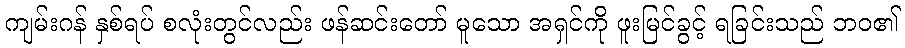
ကျမ်းဂန် နှစ်ရပ် စလုံးတွင်လည်း ဖန်ဆင်းတော် မူသော အရှင်ကို ဖူးမြင်ခွင့် ရခြင်းသည် ဘဝ၏